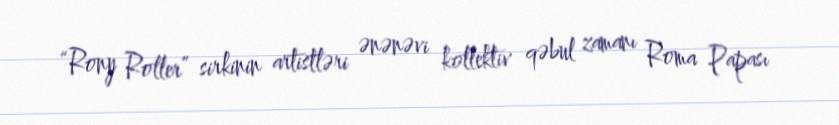
“Rony Roller” sirkinin artistləri ənənəvi kollektiv qəbul zamanı Roma Papası